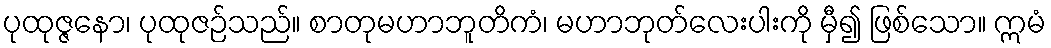
ပုထုဇ္ဇနော၊ ပုထုဇဉ်သည်။ စာတုမဟာဘူတိကံ၊ မဟာဘုတ်လေးပါးကို မှီ၍ ဖြစ်သော။ ဣမံ